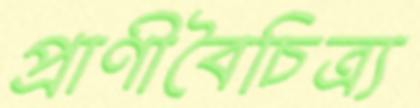
প্রাণীবৈচিত্র্য